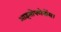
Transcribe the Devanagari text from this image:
आइसोफ्लेवोंस।